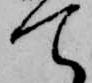
て